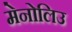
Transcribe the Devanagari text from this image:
मेनोलिउ